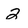
Character: 2